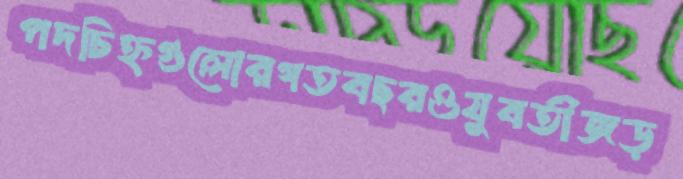
পদচিহ্নগুলোরগতবছরওযুবতীজড়